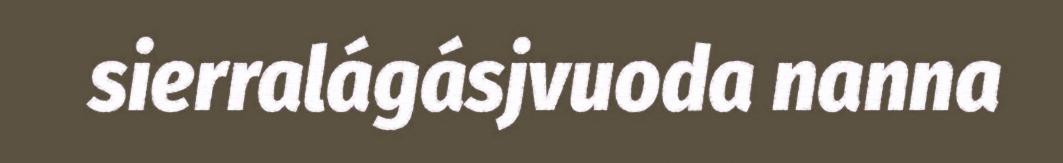
sierralágásjvuoda nanna